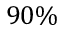
9 0 \%